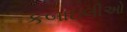
કબાઇલીઓ